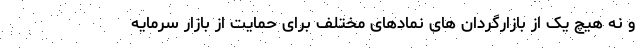
و نه هیچ یک از بازارگردان های نمادهای مختلف برای حمایت از بازار سرمایه